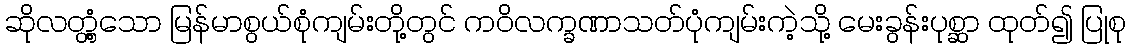
ဆိုလတ္တံ့သော မြန်မာစွယ်စုံကျမ်းတို့တွင် ကဝိလက္ခဏာသတ်ပုံကျမ်းကဲ့သို့ မေးခွန်းပုစ္ဆာ ထုတ်၍ ပြုစု